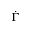
\dot { \Gamma }